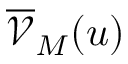
\overline { { \mathcal { V } } } _ { M } ( u )